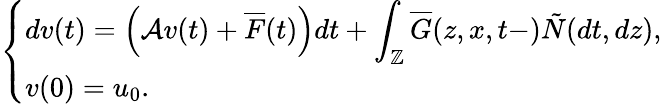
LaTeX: \left\{ \begin{array}{ll}{\displaystyle dv(t)=\left(\mathcal{A}v(t)+\overline{{F}}(t)\right)dt+\int_{\mathbb{Z}}\overline{{G}}(z,x,t-)\tilde{N}(dt,dz),}\\ {v(0)=u_{0}.}\end{array}\right.